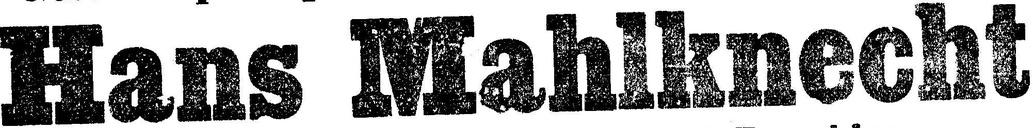
Hans Mahlknecht